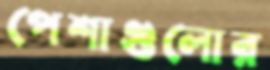
পেশাগুলোর